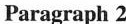
Paragraph 2